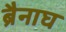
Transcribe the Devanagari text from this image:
ब्रैनाघ